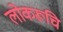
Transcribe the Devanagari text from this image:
लोकरूचि